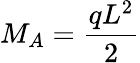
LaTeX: M_{A}={\frac{qL^{2}}{2}}